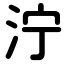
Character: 泞